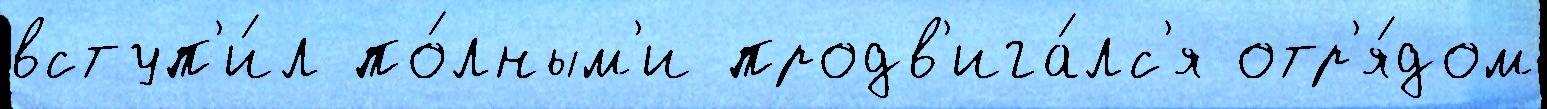
вступ'и́л по́лным'и продв'ига́лс'я отр'я́дом